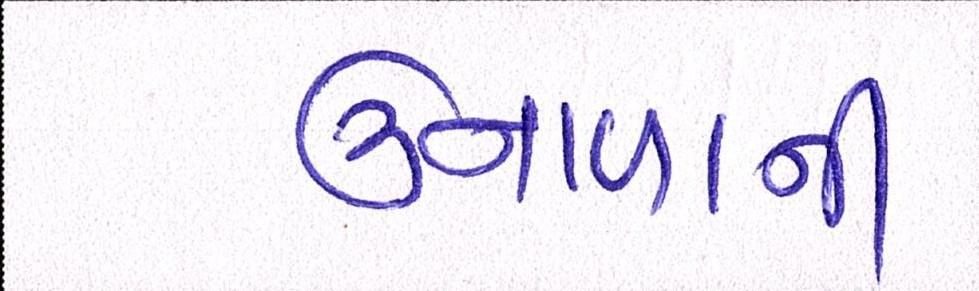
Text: ઉનાળાની